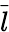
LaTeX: \vec{l}